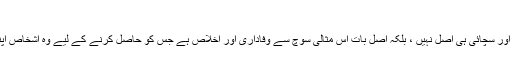
سب سے اعلیٰ مرتبہ
اشخاص کے ساتھ وفا داری اور سچائی ہی اصل نہیں ، بلکہ اصل بات اس مثالی سوچ سے وفاداری اور اخلاص ہے جس کو حاصل کرنے کے لیے وہ اشخاص اپنا تن من دھن لگا دیتے ہیں ۔